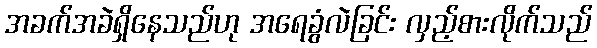
အခက်အခဲရှိနေသည်ဟု အရေခွံလဲခြင်း လှည့်စားလိုက်သည်